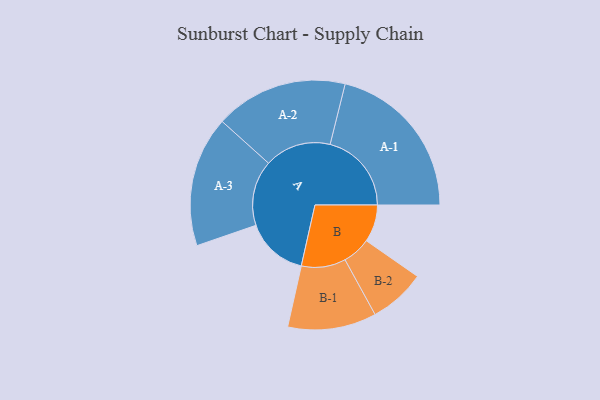
{"axis": {"x": "Segment", "y": "Value"}, "legend": ["", "A", "B"], "data": [{"x": "A", "y": 221, "type": ""}, {"x": "B", "y": 132, "type": ""}, {"x": "A-1", "y": 288, "type": "A"}, {"x": "A-2", "y": 235, "type": "A"}, {"x": "A-3", "y": 231, "type": "A"}, {"x": "B-1", "y": 157, "type": "B"}, {"x": "B-2", "y": 100, "type": "B"}]}